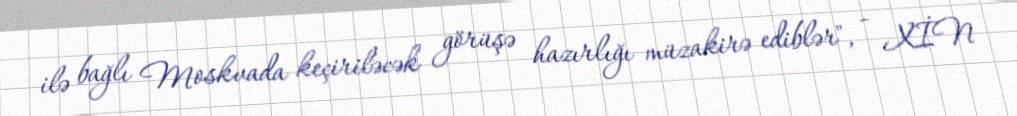
ilə bağlı Moskvada keçiriləcək görüşə hazırlığı müzakirə ediblər", - XİN